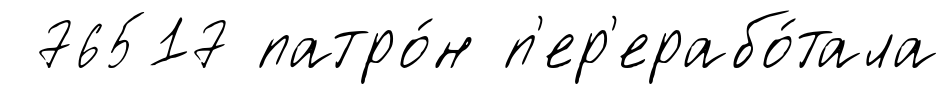
76517 патро́н п'ер'ерабо́тала